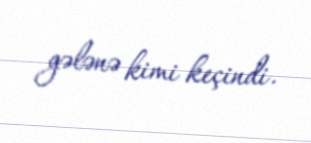
gələnə kimi keçindi.